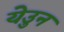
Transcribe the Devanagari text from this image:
येउुन